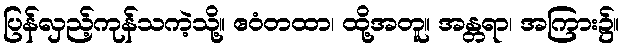
ပြန်လှည့်ကုန်သကဲ့သို့။ ဧဝံတထာ၊ ထို့အတူ။ အန္တရာ၊ အကြား၌။